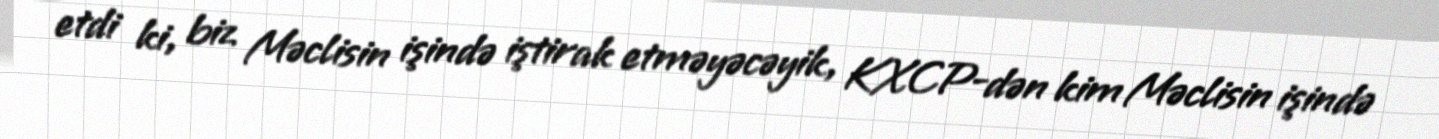
etdi ki, biz Məclisin işində iştirak etməyəcəyik, KXCP-dən kim Məclisin işində